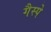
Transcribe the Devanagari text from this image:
गैस्पे